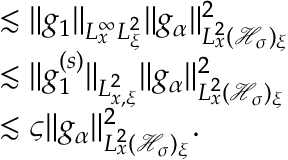
\begin{array} { r l } & { \lesssim \| g _ { 1 } \| _ { L _ { x } ^ { \infty } L _ { \xi } ^ { 2 } } \| g _ { \alpha } \| _ { L _ { x } ^ { 2 } ( \mathcal H _ { \sigma } ) _ { \xi } } ^ { 2 } } \\ & { \lesssim \| g _ { 1 } ^ { ( s ) } \| _ { L _ { x , \xi } ^ { 2 } } \| g _ { \alpha } \| _ { L _ { x } ^ { 2 } ( \mathcal H _ { \sigma } ) _ { \xi } } ^ { 2 } } \\ & { \lesssim \varsigma \| g _ { \alpha } \| _ { L _ { x } ^ { 2 } ( \mathcal H _ { \sigma } ) _ { \xi } } ^ { 2 } . } \end{array}